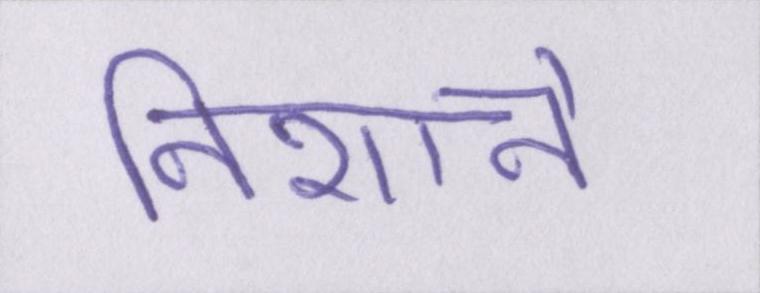
निशाने